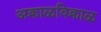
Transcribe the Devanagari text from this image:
अक्राळविक्राळ